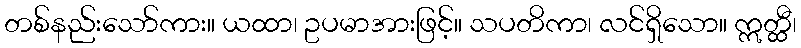
တစ်နည်းသော်ကား။ ယထာ၊ ဥပမာအားဖြင့်။ သပတိကာ၊ လင်ရှိသော။ ဣတ္ထီ၊